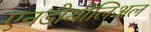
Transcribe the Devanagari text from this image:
एनडोथीलिअल